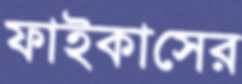
ফাইকাসের